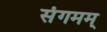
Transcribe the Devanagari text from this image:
संगमम्